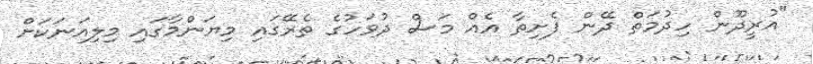
"އުރީދޫން ހިދުމަތް ދޭން ފެށިތާ އެއް މަސް ދުވަހުގެ ތެރޭގައި މިޔަންމާގައި މިލިއަނަކަށް